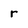
Character: r